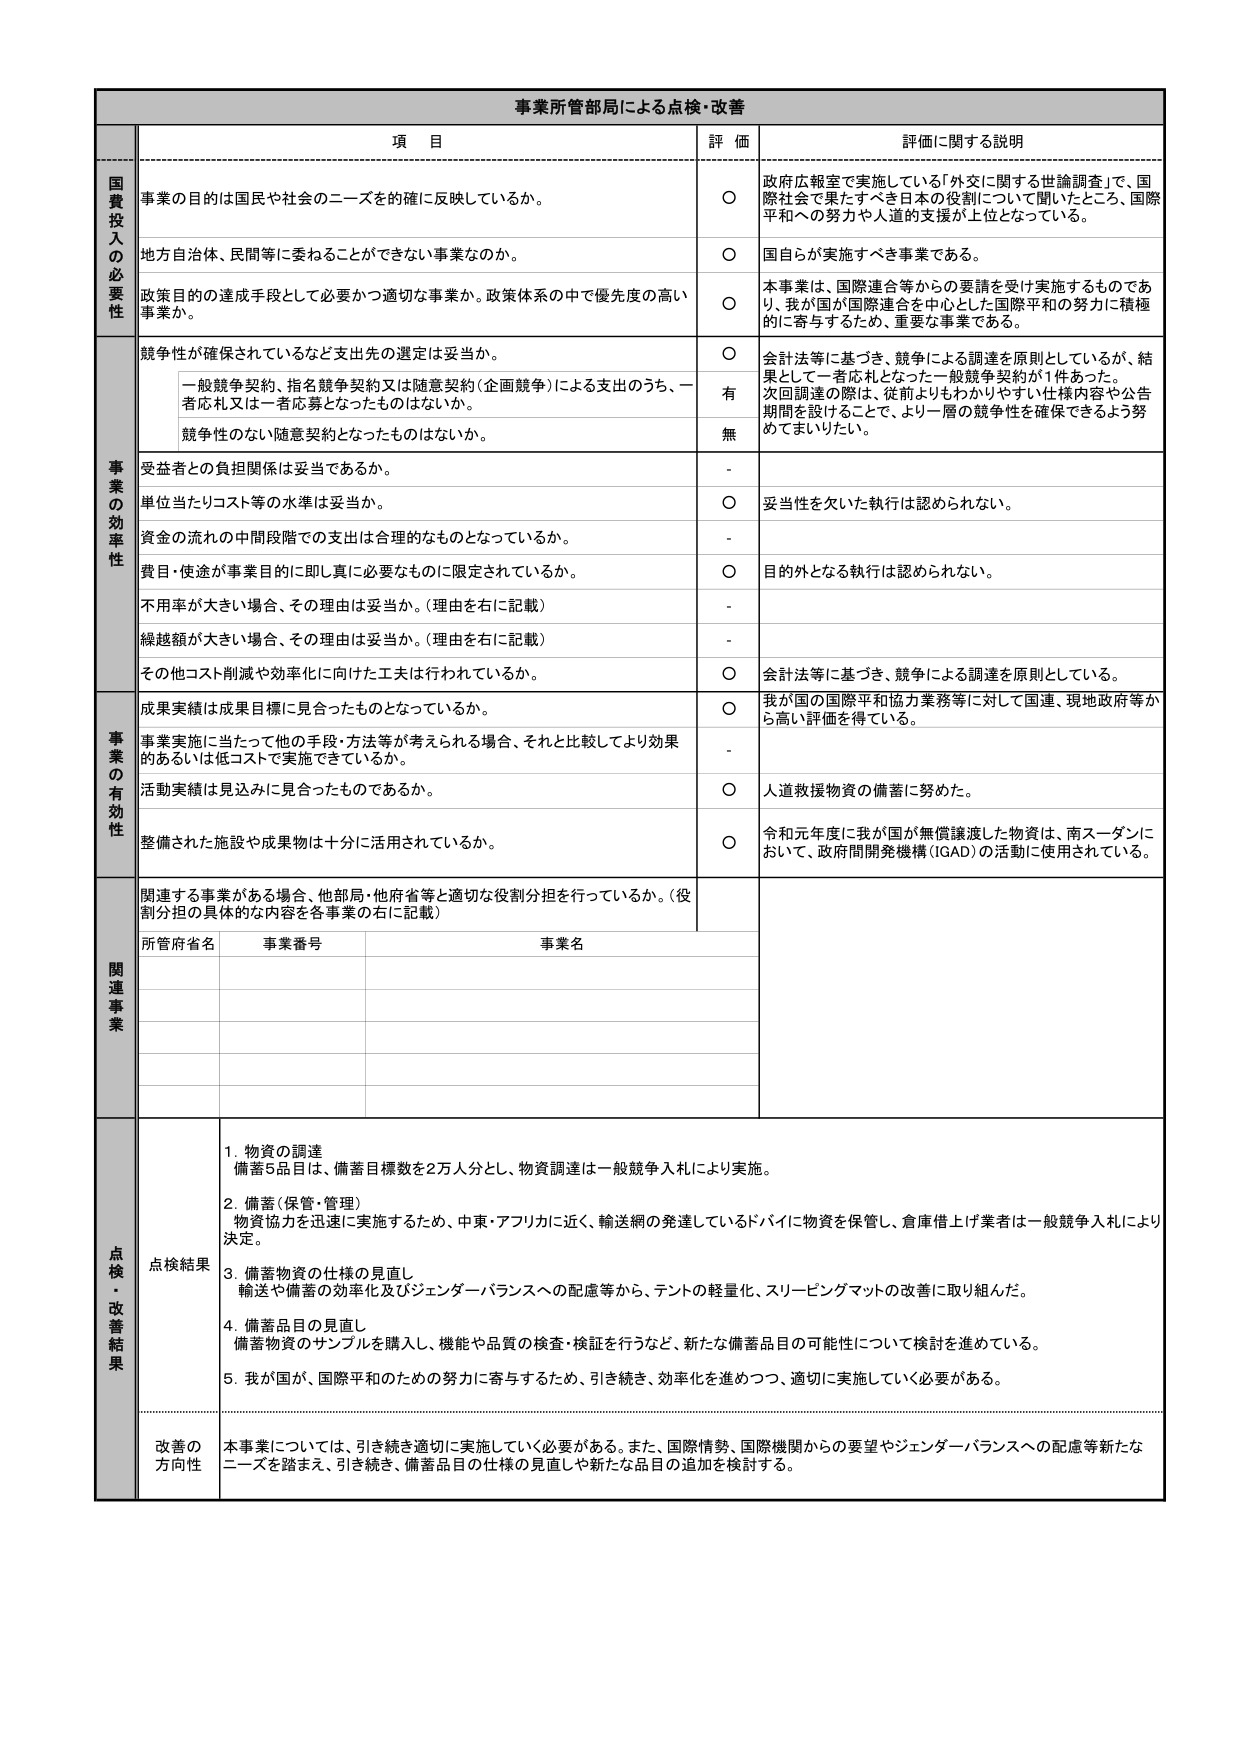
事業所管部局による点検・改善

項 目 評 価 評価に関する説明

国費投入の必要性
事業の目的は国民や社会のニーズを確に反映しているか。
〇 政府広報室で実施している「外交に関する世論調査」で、国際社会で果たすべき日本の役割について聞いたところ、国際平和への努力や人道的支援が上位となっている。

地方自治体、民間等に委ねることができない事業なのか。
〇 国自らが実施すべき事業である。

政策目的の達成手段として必要かつ適切な事業か。政策体系の中で優先度の高い事業か。
〇 本事業は、国際連合等からの要請を受け実施するものであり、我が国が国際連合を中心とした国際平和の努力に積極的に寄与するため、重要な事業である。

事業の効率性
競争性が確保されているなど支出先の選定は妥当か。
〇 会計法等に基づき、競争による調達を原則としているが、結果として一者応札となった一般競争契約が1件あった。次回調達の際は、従前よりもわかりやすい仕様内容や公告期間を設けることで、より一層の競争性を確保できるよう努めてまいりたい。
一般競争契約、指名競争契約又は随意契約（企画競争）による支出のうち、一者応札又は一者応募となったものはないか。
有
競争性のない随意契約となったものはないか。
無

受益者との負担関係は妥当であるか。
-

単位当たりコスト等の水準は妥当か。
〇 妥当性を欠いた執行は認められない。

資金の流れの中間段階での支出は合理的なものとなっているか。
-

費目・用途が事業目的に即し真に必要なものに限定されているか。
〇 目的外となる執行は認められない。

不用率が大きい場合、その理由は妥当か。（理由を右に記載）
-

繰越額が大きい場合、その理由は妥当か。（理由を右に記載）
-

その他コスト削減や効率化に向けた工夫は行われているか。
〇 会計法等に基づき、競争による調達を原則としている。

事業の有効性
成果実績は成果目標に見合ったものとなっているか。
〇 我が国の国際平和協力業務等に対して国連、現地政府等から高い評価を得ている。

事業実施に当たって他の手段・方法等が考えられる場合、それと比較してより効果的あるいは低コストで実施できているか。
-

活動実績は見込みに見合ったものであるか。
〇 人道救援物資の備蓄に努めた。

整備された施設や成果物は十分に活用されているか。
〇 令和元年度に我が国が無償譲渡した物資は、南スーダンにおいて、政府間開発機構（IGAD）の活動に使用されている。

関連事業
関連する事業がある場合、他部局・他府省等と適切な役割分担を行っているか。（役割分担の具体的な内容を各事業の右に記載）
所管府省名 事業番号 事業名

点検・改善結果
点検結果
1. 物資の調達
備蓄5品目は、備蓄目標数を2万人分とし、物資調達は一般競争入札により実施。
2. 備蓄（保管・管理）
物資協力を迅速に実施するため、中東・アフリカに近く、輸送網の発達しているドバイに物資を保管し、倉庫借上げ業者は一般競争入札により決定。
3. 備蓄物資の仕様の見直し
輸送や備蓄の効率化及びジェンダーバランスへの配慮等から、テントの軽量化、スリーピングマットの改善に取り組んだ。
4. 備蓄品目の見直し
備蓄物資のサンプルを購入し、機能や品質の検査・検証を行うなど、新たな備蓄品目の可能性について検討を進めている。
5. 我が国が、国際平和のための努力に寄与するため、引き続き、効率化を進めつつ、適切に実施していく必要がある。

改善の方向性
本事業については、引き続き適切に実施していく必要がある。また、国際情勢、国際機関からの要望やジェンダーバランスへの配慮等新たなニーズを踏まえ、引き続き、備蓄品目の仕様の見直しや新たな品目の追加を検討する。